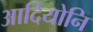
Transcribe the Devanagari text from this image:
आदियोनि